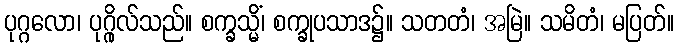
ပုဂ္ဂလော၊ ပုဂ္ဂိုလ်သည်။ စက္ခသ္မိံ၊ စက္ခုပသာဒ၌။ သတတံ၊ အမြဲ။ သမိတံ၊ မပြတ်။